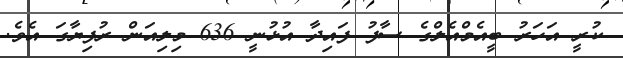
ކުރީ އަހަރު ބީއެމްއެލްގެ ސާފު ފައިދާ އުޅުނީ 636 މިލިއަން ރުފިޔާގަ އެވެ.